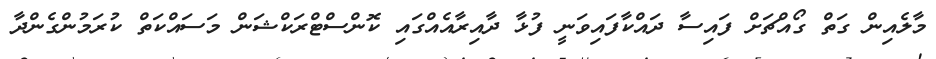
މާލެއިން ގަތް ގޯއްޗަށް ފައިސާ ދައްކާފައިވަނީ ފުޅާ ދާއިރާއެއްގައި ކޮންސްޓްރަކްޝަން މަސައްކަތް ކުރަމުންގެންދާ